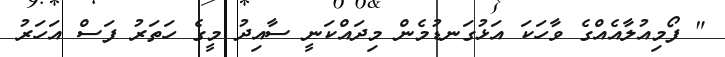
" ފޯމިއުލާއެއްގެ ވާހަކަ އަޅުގަނޑުމެން މިދައްކަނީ ސާއިދު މީގެ ހަތަރު ފަސް އަހަރު